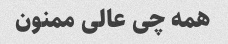
همه چی عالی ممنون